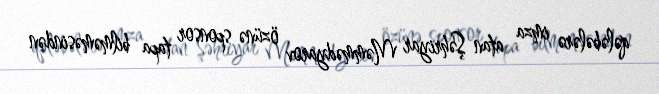
qələbələrə imza atan Şəhriyar Məmmədyarov özünə sponsor tapa bilməməsindən